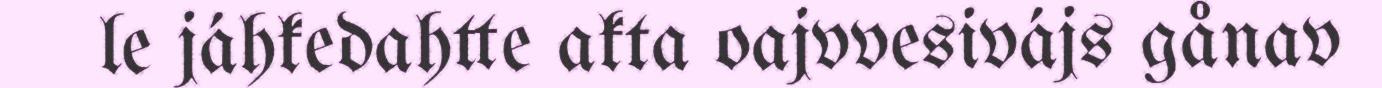
le jáhkedahtte akta oajvvesivájs gånav